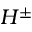
H ^ { \pm }